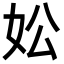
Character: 妐